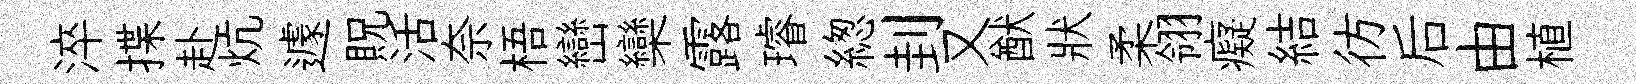
淬揲赴炕遽貺活奈梧巒欒露璿緫刲又猷狀柔翎癡結彷后由植